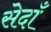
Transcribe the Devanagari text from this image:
सेदाँ